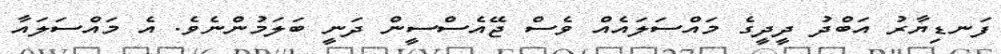
ފަނޑިޔާރު އަބްދު ދީދީގެ މައްސަލައެއް ވެސް ޖޭއެސްސީން ދަނީ ބަލަމުންނެވެ. އެ މައްސަލައާ